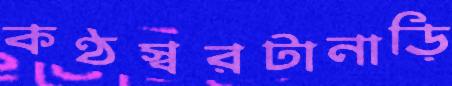
কণ্ঠস্বরটানাড়ি